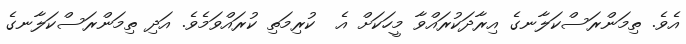
އެވެ. ތިމަންރަސްކަލާނގެ އިރާދަކުރައްވާ މީހަކަށް އެ  ކުރިމަތި ކުރައްވަމެވެ. އަދި ތިމަންރަސްކަލާނގެ